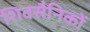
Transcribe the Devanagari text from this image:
शिवसैनिकों